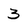
Character: 3